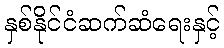
နှစ်နိုင်ငံဆက်ဆံရေးနှင့်